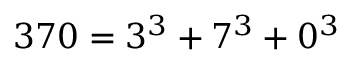
3 7 0 = 3 ^ { 3 } + 7 ^ { 3 } + 0 ^ { 3 }